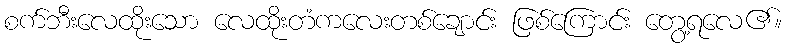
စက်ဘီးလေထိုးသော လေထိုးတံကလေးတစ်ချောင်း ဖြစ်ကြောင်း တွေ့ရလေ၏။